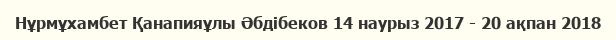
Нұрмұхамбет Қанапияұлы Әбдібеков 14 наурыз 2017 - 20 ақпан 2018